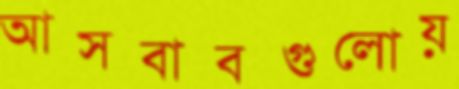
আসবাবগুলোয়